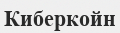
Киберкойн